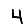
Digit: 4